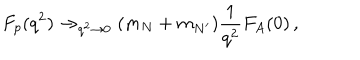
F _ { p } ( q ^ { 2 } ) \to _ { q ^ { 2 } \rightarrow 0 } ( m _ { N } + m _ { N ^ { \prime } } ) \frac { 1 } { q ^ { 2 } } F _ { A } ( 0 ) \, ,